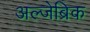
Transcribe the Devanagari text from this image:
अल्जेब्रिक